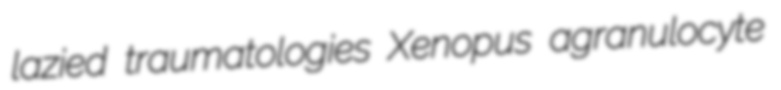
lazied traumatologies Xenopus agranulocyte